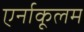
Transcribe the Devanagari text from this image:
एर्नाकूलम